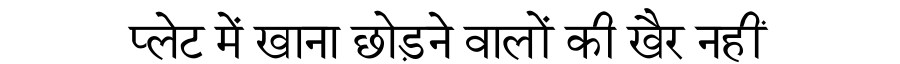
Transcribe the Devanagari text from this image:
प्लेट में खाना छोड़ने वालों की खैर नहीं